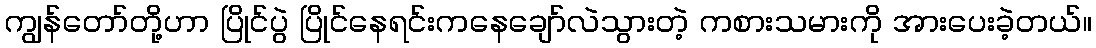
ကျွန်တော်တို့ဟာ ပြိုင်ပွဲ ပြိုင်နေရင်းကနေချော်လဲသွားတဲ့ ကစားသမားကို အားပေးခဲ့တယ်။